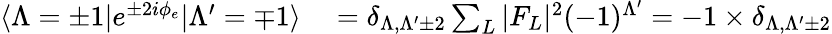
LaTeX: \begin{array}{rl}{\langle\Lambda=\pm 1|e^{\pm 2i\phi_{e}}|\Lambda^{\prime}=\mp 1\rangle}&{{}=\delta_{\Lambda,\Lambda^{\prime}\pm 2}\sum_{L}|F_{L}|^{2}(-1)^{\Lambda^{\prime}}=-1\times\delta_{\Lambda,\Lambda^{\prime}\pm 2}}\end{array}